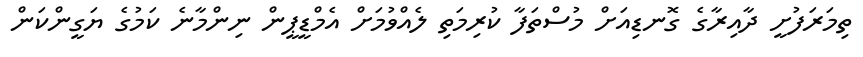
ތިމަރަފުށީ ދާއިރާގެ ގޮނޑިއަށް މުސްތަފާ ކުރިމަތި ލެއްވުމަށް އެމްޑީޕީން ނިންމާނެ ކަމުގެ ޔަގީންކަން